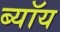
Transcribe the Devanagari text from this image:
ब्यॉय